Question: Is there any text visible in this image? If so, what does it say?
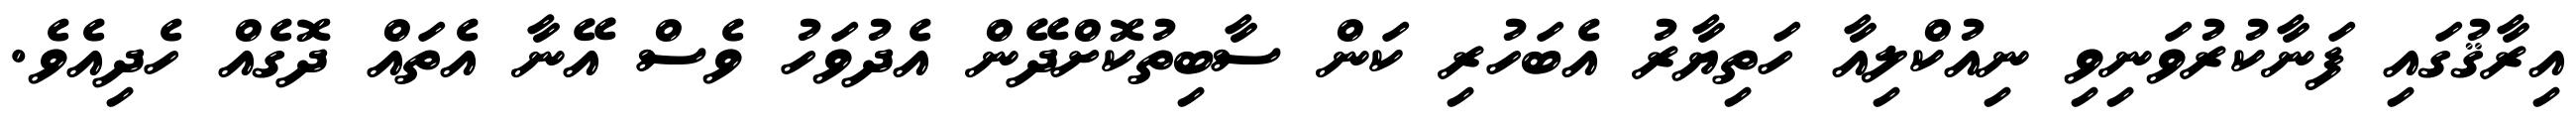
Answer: އިރާޤުގައި ފަނާކުރުވަނިވި ނިއުކްލިއާ ހަތިޔާރު އެބަހުރި ކަން ސާބިތުކޮށްދޭން އެދުވަހު ވެސް އޭނާ އެތައް ދޮގެއް ހެދިއެވެ.